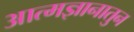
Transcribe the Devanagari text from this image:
आत्मज्ञानातुन